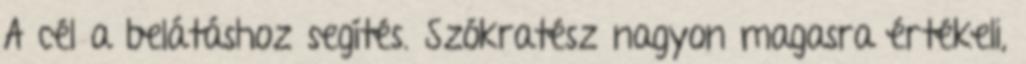
A cél a belátáshoz segítés. Szókratész nagyon magasra értékeli,